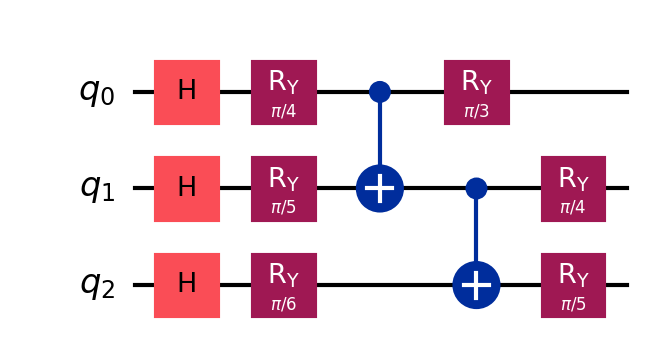
Description: Quantum GAN generator circuit
描述: 量子GAN生成器电路
Category: quantum_ml (difficulty: intermediate)
Qubits: 3, circuit depth: 5

Braket implementation:
import math
from braket.circuits import Circuit
circuit = Circuit()
circuit.h(0).h(1).h(2)
circuit.ry(0, math.pi / 4).ry(1, math.pi / 5).ry(2, math.pi / 6)
circuit.cnot(0, 1).cnot(1, 2)
circuit.ry(0, math.pi / 3).ry(1, math.pi / 4).ry(2, math.pi / 5)